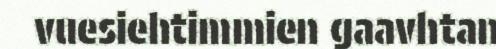
vuesiehtimmien gaavhtan